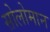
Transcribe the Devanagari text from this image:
सोलोमान